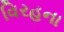
વિરહના